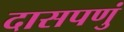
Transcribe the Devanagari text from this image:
दासपणुं